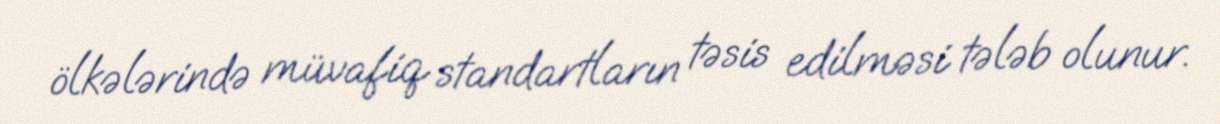
ölkələrində müvafiq standartların təsis edilməsi tələb olunur.